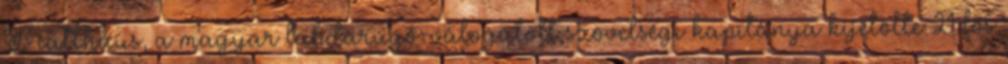
Matthäus, a magyar labdarúgó-válogatott szövetségi kapitánya kijelölte 21 fős